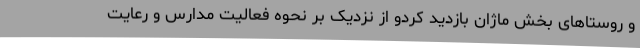
و روستاهای بخش ماژان بازدید کردو از نزدیک بر نحوه فعالیت مدارس و رعایت